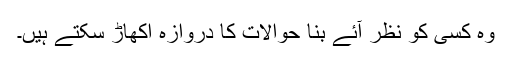
وہ کسی کو نظر آئے بنا حوالات کا دروازہ اکھاڑ سکتے ہیں۔